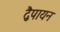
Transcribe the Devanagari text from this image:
द्वेैपायन